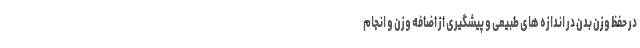
در حفظ وزن بدن در اندازه های طبیعی و پیشگیری از اضافه وزن و انجام